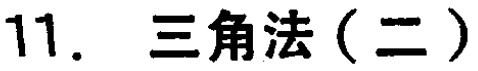
11. 三角法（二）